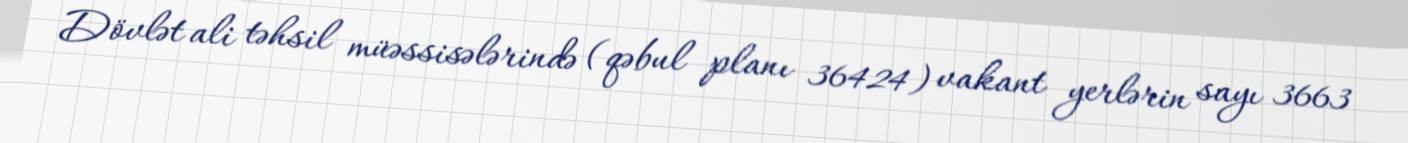
Dövlət ali təhsil müəssisələrində (qəbul planı 36424) vakant yerlərin sayı 3663